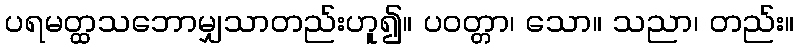
ပရမတ္ထသဘောမျှသာတည်းဟူ၍။ ပဝတ္တာ၊ သော။ သညာ၊ တည်း။